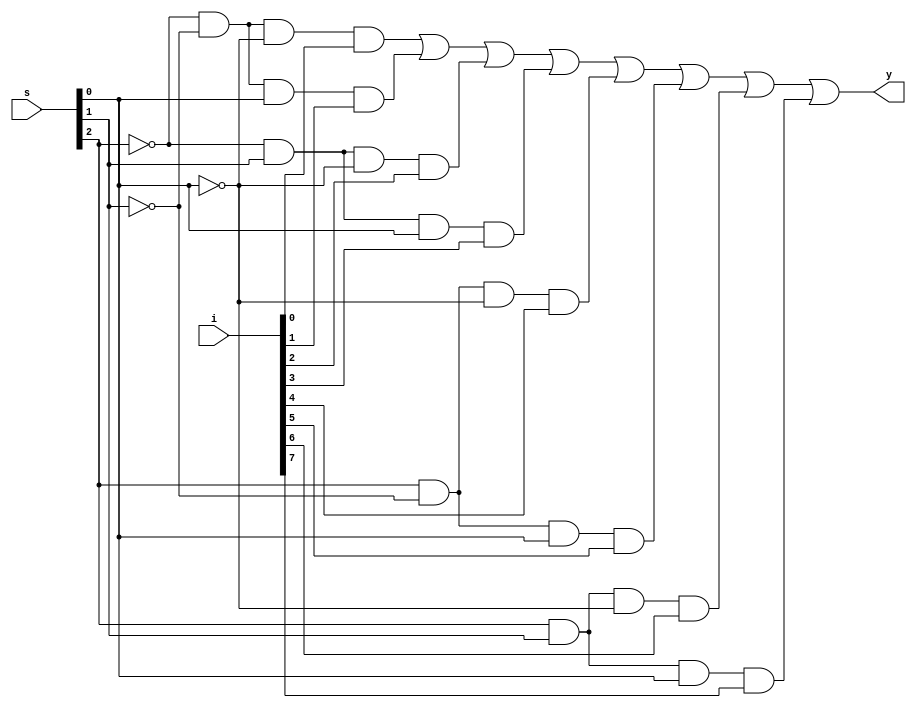
`timescale 1ns / 1ps
//////////////////////////////////////////////////////////////////////////////////
// Company: 
// Engineer: 
// 
// Design Name: 
// Module Name: mux_8to1
// Project Name: 
// Target Devices: 
// Tool Versions: 
// Description: 
// 
// Dependencies: 
// 
// Revision:
// Revision 0.01 - File Created
// Additional Comments:
// 
//////////////////////////////////////////////////////////////////////////////////


module mux_8to1(i,s,y);
input [7:0]i;
input [2:0]s;
output y;
wire [7:0]w;
assign w[0]=(!s[2])&(!s[1])&(!s[0])&i[0];
assign w[1]=(!s[2])&(!s[1])&(s[0])&i[1];
assign w[2]=(!s[2])&(s[1])&(!s[0])&i[2];
assign w[3]=(!s[2])&(s[1])&(s[0])&i[3];
assign w[4]=(s[2])&(!s[1])&(!s[0])&i[4];
assign w[5]=(s[2])&(!s[1])&(s[0])&i[5];
assign w[6]=(s[2])&(s[1])&(!s[0])&i[6];
assign w[7]=(s[2])&(s[1])&(s[0])&i[7];

assign y=w[0]|w[1]|w[2]|w[3]|w[4]|w[5]|w[6]|w[7];





    
endmodule